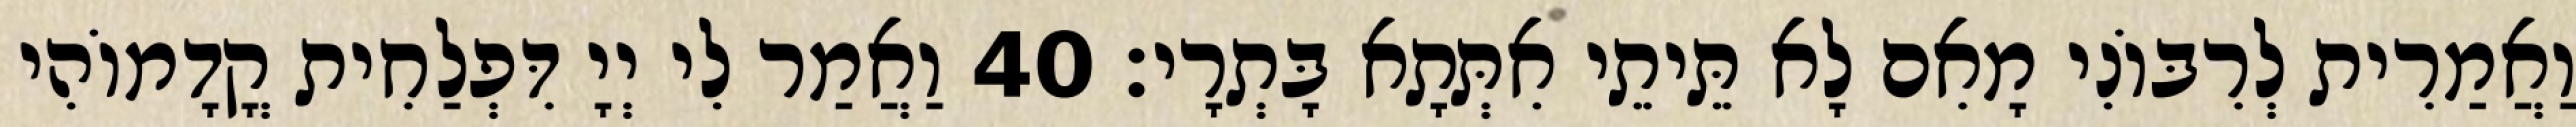
וַאֲמַרִית לְרִבּוֹנִי מָאִם לָא תֵּיתֵי אִתְּתָא בָּתְרָי׃ 40 וַאֲמַר לִי יְיָ דִּפְלַחִית קֳדָמוֹהִי